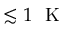
\lesssim 1 ~ \mathrm { ~ K ~ }